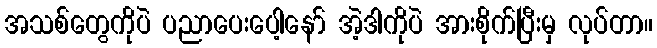
အသစ်တွေကိုပဲ ပညာပေးပေါ့နော် အဲ့ဒါကိုပဲ အားစိုက်ပြီးမှ လုပ်တာ။